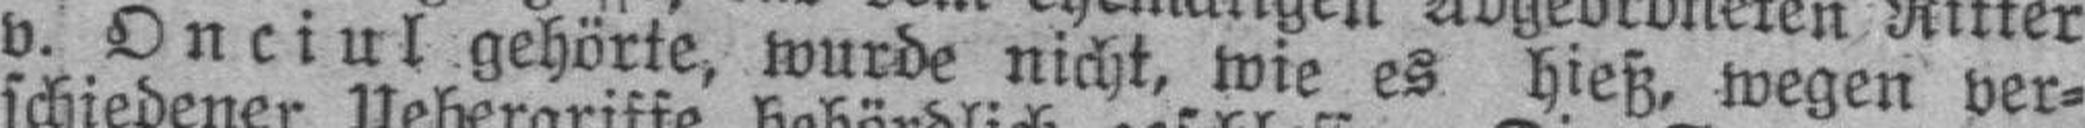
v. Onciul gehörte, wurde nicht, wie es hieß, wegen ver¬